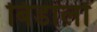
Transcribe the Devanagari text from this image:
बिडालों